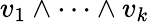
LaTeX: v_{1}\wedge\dots\wedge v_{k}